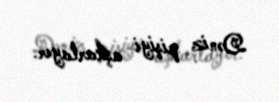
Dəniz pişiyi aşkarlayır.